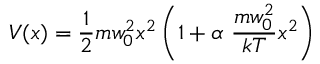
V ( x ) = \frac { 1 } { 2 } m w _ { 0 } ^ { 2 } x ^ { 2 } \left( 1 + \alpha \ \frac { m w _ { 0 } ^ { 2 } } { k T } x ^ { 2 } \right)